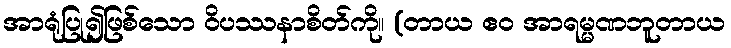
အာရုံပြု၍ဖြစ်သော ဝိပဿနာစိတ်ကို။ (တာယ ဧဝ အာရမ္မဏဘူတာယ